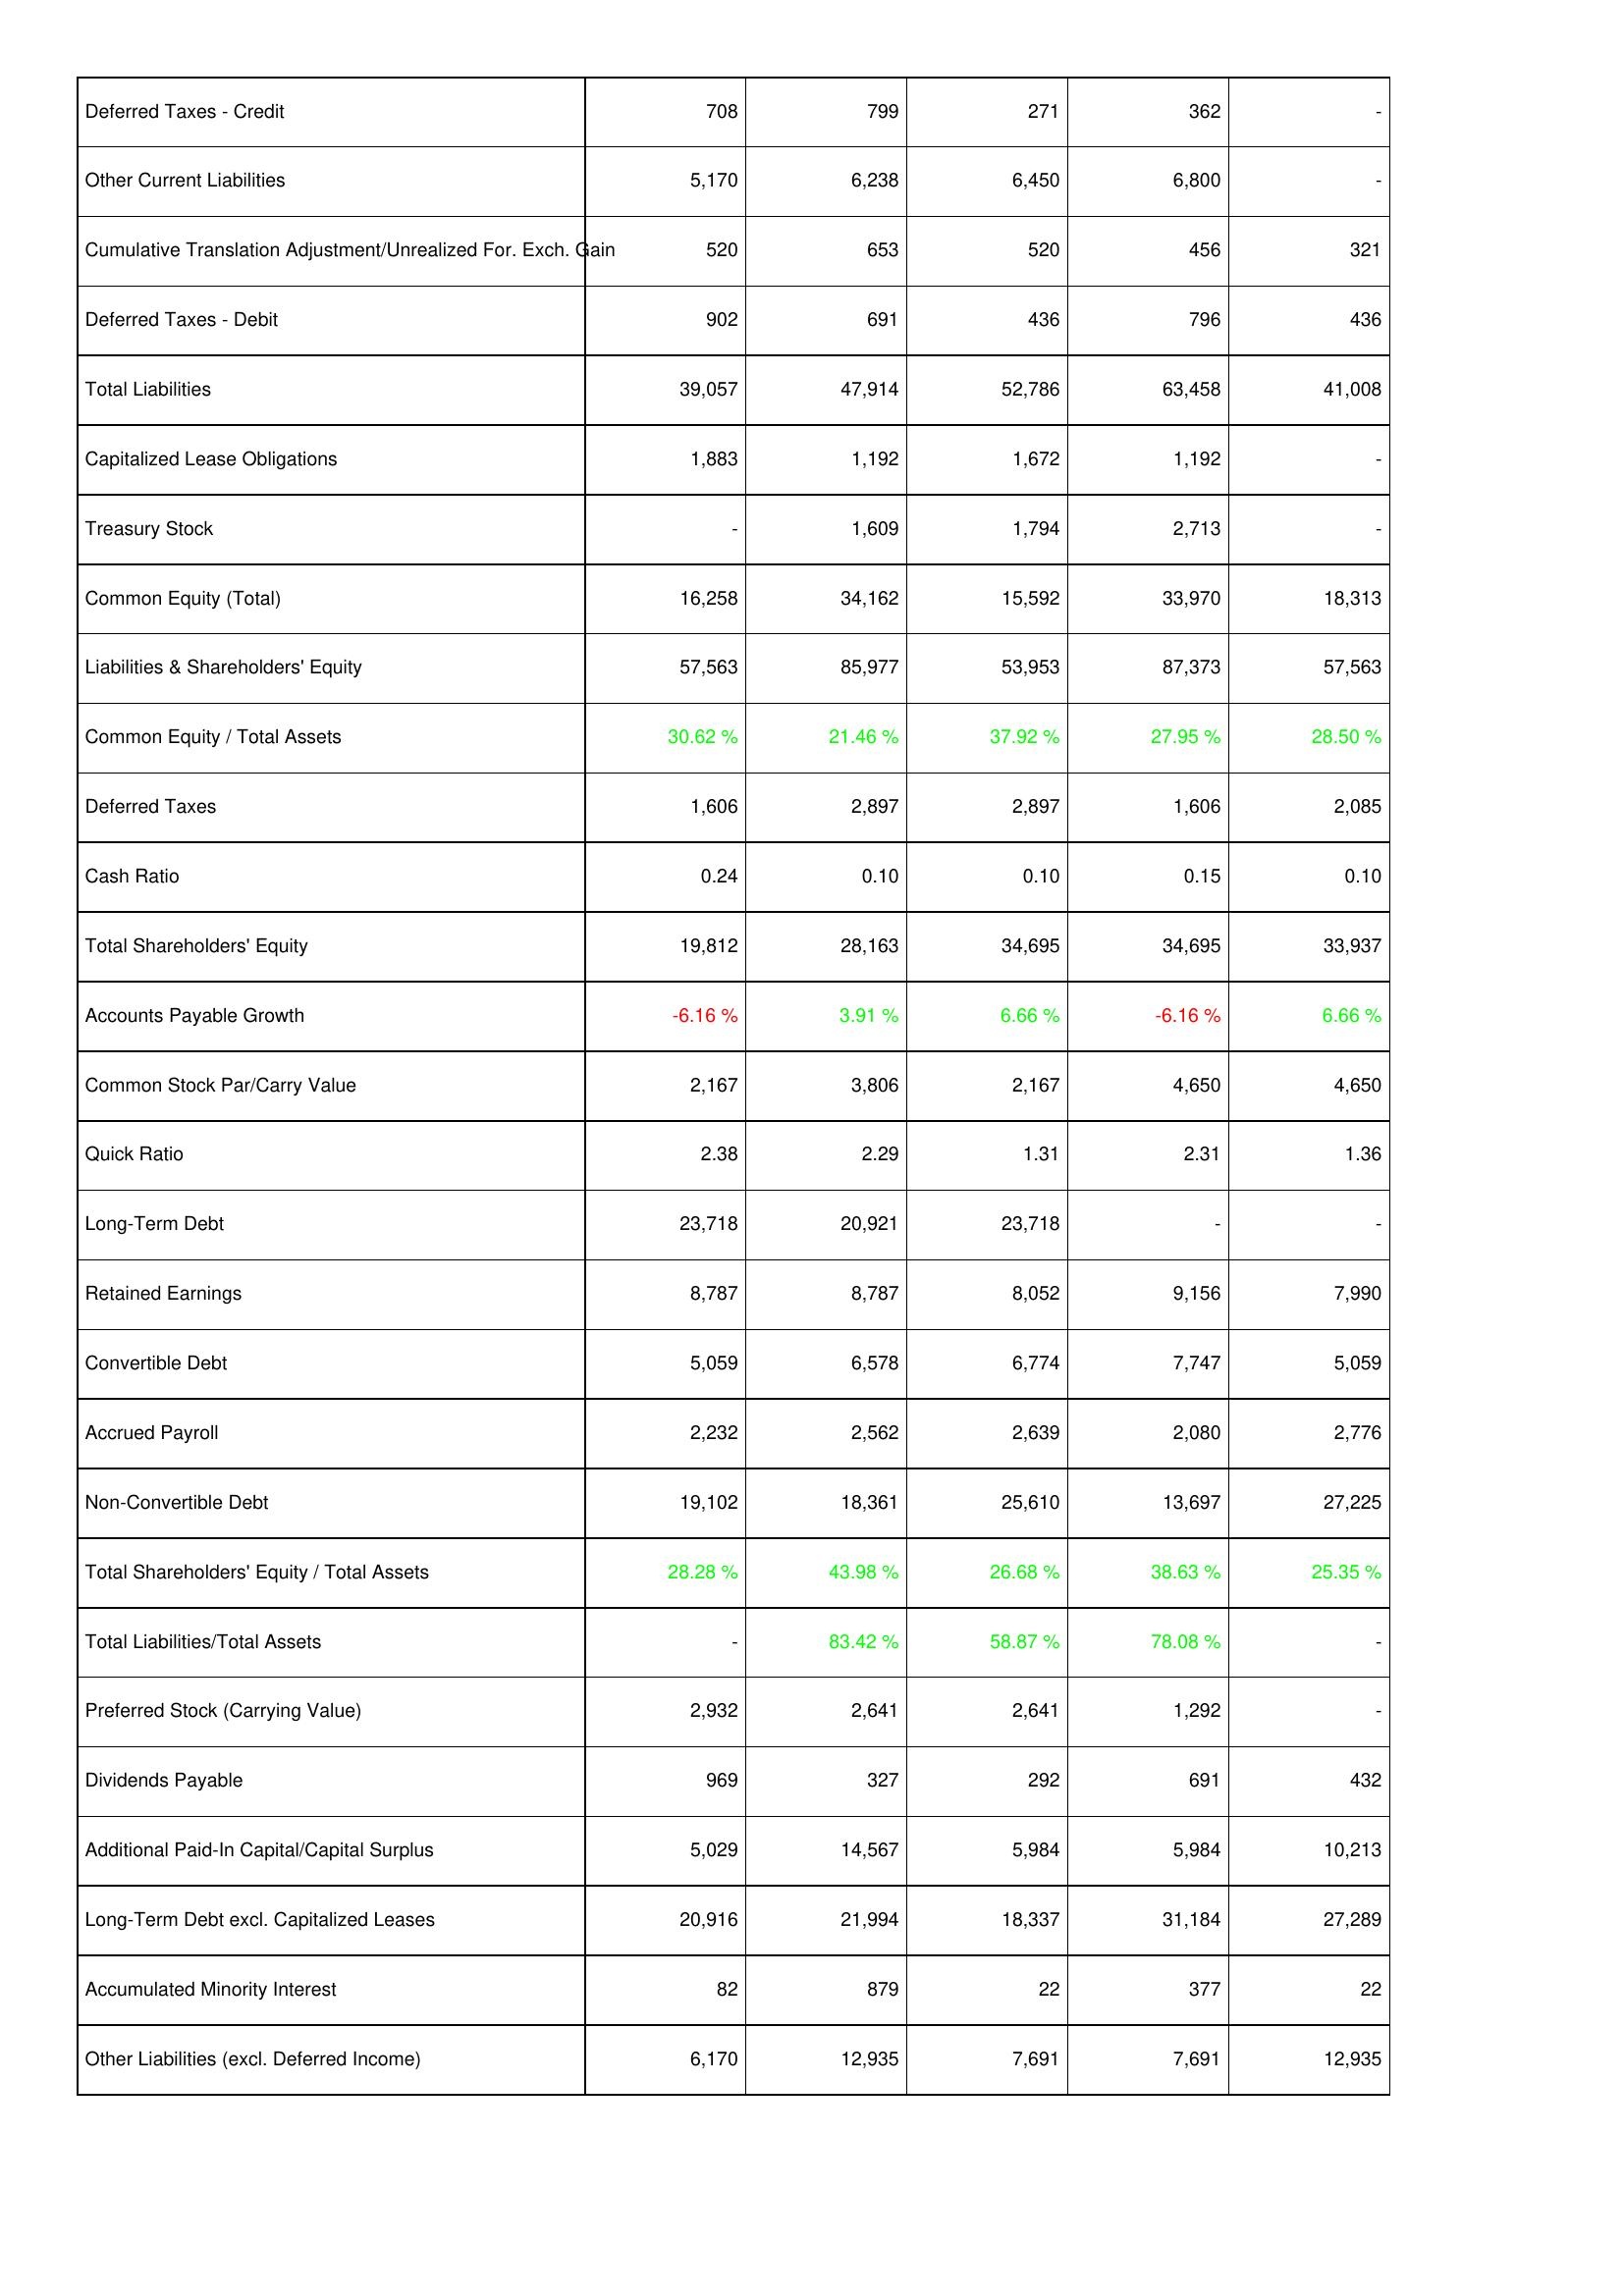
2022: Liabilities & Shareholders' Equity: Deferred Taxes - Credit: 708
Other Current Liabilities: 5,170
Cumulative Translation Adjustment/Unrealized For. Exch. Gain: 520
Deferred Taxes - Debit: 902
Total Liabilities: 39,057
Capitalized Lease Obligations: 1,883
Treasury Stock: -
Common Equity (Total): 16,258
Liabilities & Shareholders' Equity: 57,563
Common Equity / Total Assets: 30.62 %
Deferred Taxes: 1,606
Cash Ratio: 0.24
Total Shareholders' Equity: 19,812
Accounts Payable Growth: -6.16 %
Common Stock Par/Carry Value: 2,167
Quick Ratio: 2.38
Long-Term Debt: 23,718
Retained Earnings: 8,787
Convertible Debt: 5,059
Accrued Payroll: 2,232
Non-Convertible Debt: 19,102
Total Shareholders' Equity / Total Assets: 28.28 %
Total Liabilities/Total Assets: -
Preferred Stock (Carrying Value): 2,932
Dividends Payable: 969
Additional Paid-In Capital/Capital Surplus: 5,029
Long-Term Debt excl. Capitalized Leases: 20,916
Accumulated Minority Interest: 82
Other Liabilities (excl. Deferred Income): 6,170
2021: Liabilities & Shareholders' Equity: Deferred Taxes - Credit: 799
Other Current Liabilities: 6,238
Cumulative Translation Adjustment/Unrealized For. Exch. Gain: 653
Deferred Taxes - Debit: 691
Total Liabilities: 47,914
Capitalized Lease Obligations: 1,192
Treasury Stock: 1,609
Common Equity (Total): 34,162
Liabilities & Shareholders' Equity: 85,977
Common Equity / Total Assets: 21.46 %
Deferred Taxes: 2,897
Cash Ratio: 0.10
Total Shareholders' Equity: 28,163
Accounts Payable Growth: 3.91 %
Common Stock Par/Carry Value: 3,806
Quick Ratio: 2.29
Long-Term Debt: 20,921
Retained Earnings: 8,787
Convertible Debt: 6,578
Accrued Payroll: 2,562
Non-Convertible Debt: 18,361
Total Shareholders' Equity / Total Assets: 43.98 %
Total Liabilities/Total Assets: 83.42 %
Preferred Stock (Carrying Value): 2,641
Dividends Payable: 327
Additional Paid-In Capital/Capital Surplus: 14,567
Long-Term Debt excl. Capitalized Leases: 21,994
Accumulated Minority Interest: 879
Other Liabilities (excl. Deferred Income): 12,935
2020: Liabilities & Shareholders' Equity: Deferred Taxes - Credit: 271
Other Current Liabilities: 6,450
Cumulative Translation Adjustment/Unrealized For. Exch. Gain: 520
Deferred Taxes - Debit: 436
Total Liabilities: 52,786
Capitalized Lease Obligations: 1,672
Treasury Stock: 1,794
Common Equity (Total): 15,592
Liabilities & Shareholders' Equity: 53,953
Common Equity / Total Assets: 37.92 %
Deferred Taxes: 2,897
Cash Ratio: 0.10
Total Shareholders' Equity: 34,695
Accounts Payable Growth: 6.66 %
Common Stock Par/Carry Value: 2,167
Quick Ratio: 1.31
Long-Term Debt: 23,718
Retained Earnings: 8,052
Convertible Debt: 6,774
Accrued Payroll: 2,639
Non-Convertible Debt: 25,610
Total Shareholders' Equity / Total Assets: 26.68 %
Total Liabilities/Total Assets: 58.87 %
Preferred Stock (Carrying Value): 2,641
Dividends Payable: 292
Additional Paid-In Capital/Capital Surplus: 5,984
Long-Term Debt excl. Capitalized Leases: 18,337
Accumulated Minority Interest: 22
Other Liabilities (excl. Deferred Income): 7,691
2019: Liabilities & Shareholders' Equity: Deferred Taxes - Credit: 362
Other Current Liabilities: 6,800
Cumulative Translation Adjustment/Unrealized For. Exch. Gain: 456
Deferred Taxes - Debit: 796
Total Liabilities: 63,458
Capitalized Lease Obligations: 1,192
Treasury Stock: 2,713
Common Equity (Total): 33,970
Liabilities & Shareholders' Equity: 87,373
Common Equity / Total Assets: 27.95 %
Deferred Taxes: 1,606
Cash Ratio: 0.15
Total Shareholders' Equity: 34,695
Accounts Payable Growth: -6.16 %
Common Stock Par/Carry Value: 4,650
Quick Ratio: 2.31
Long-Term Debt: -
Retained Earnings: 9,156
Convertible Debt: 7,747
Accrued Payroll: 2,080
Non-Convertible Debt: 13,697
Total Shareholders' Equity / Total Assets: 38.63 %
Total Liabilities/Total Assets: 78.08 %
Preferred Stock (Carrying Value): 1,292
Dividends Payable: 691
Additional Paid-In Capital/Capital Surplus: 5,984
Long-Term Debt excl. Capitalized Leases: 31,184
Accumulated Minority Interest: 377
Other Liabilities (excl. Deferred Income): 7,691
2018: Liabilities & Shareholders' Equity: Deferred Taxes - Credit: -
Other Current Liabilities: -
Cumulative Translation Adjustment/Unrealized For. Exch. Gain: 321
Deferred Taxes - Debit: 436
Total Liabilities: 41,008
Capitalized Lease Obligations: -
Treasury Stock: -
Common Equity (Total): 18,313
Liabilities & Shareholders' Equity: 57,563
Common Equity / Total Assets: 28.50 %
Deferred Taxes: 2,085
Cash Ratio: 0.10
Total Shareholders' Equity: 33,937
Accounts Payable Growth: 6.66 %
Common Stock Par/Carry Value: 4,650
Quick Ratio: 1.36
Long-Term Debt: -
Retained Earnings: 7,990
Convertible Debt: 5,059
Accrued Payroll: 2,776
Non-Convertible Debt: 27,225
Total Shareholders' Equity / Total Assets: 25.35 %
Total Liabilities/Total Assets: -
Preferred Stock (Carrying Value): -
Dividends Payable: 432
Additional Paid-In Capital/Capital Surplus: 10,213
Long-Term Debt excl. Capitalized Leases: 27,289
Accumulated Minority Interest: 22
Other Liabilities (excl. Deferred Income): 12,935